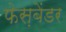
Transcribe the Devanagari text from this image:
फेस़बेंडर